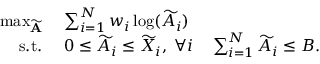
\begin{array} { r l } { \operatorname* { m a x } _ { \widetilde { \mathbf { A } } } \; } & { \sum _ { i = 1 } ^ { N } w _ { i } \log ( \widetilde { A } _ { i } ) } \\ { \mathrm { s . t . ~ } } & { 0 \leq \widetilde { A } _ { i } \leq \widetilde { X } _ { i } , \; \forall i \quad \sum _ { i = 1 } ^ { N } \widetilde { A } _ { i } \leq B . } \end{array}